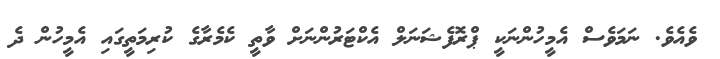
ވެއެވެ. ނަމަވެސް އެމީހުންނަކީ ޕްރޮފެޝަނަލް އެކްޓަރުންނަށް ވާތީ ކެމެރާގެ ކުރިމަތީގައި އެމީހުން ދެ